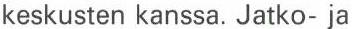
keskusten kanssa. Jatko- ja